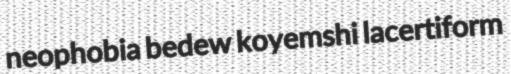
neophobia bedew koyemshi lacertiform